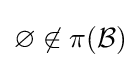
\varnothing \not \in \pi ({\mathcal {B}})